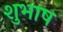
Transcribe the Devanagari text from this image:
शुभाष